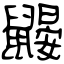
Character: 鼹